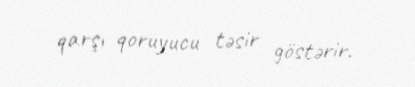
qarşı qoruyucu təsir göstərir.